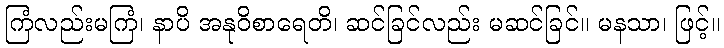
ကြံလည်းမကြံ၊ နာပိ အနုဝိစာရေတိ၊ ဆင်ခြင်လည်း မဆင်ခြင်။ မနသာ၊ ဖြင့်။